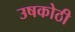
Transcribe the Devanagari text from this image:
उषकोठी